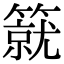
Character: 𥳛